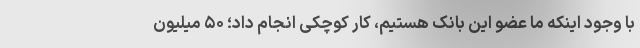
با وجود اینکه ما عضو این بانک هستیم، کار کوچکی انجام داد؛ ۵۰ میلیون